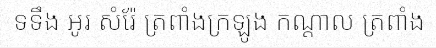
ទទឹង អូរ សំរ៉ែ ត្រពាំងក្រឡូង កណ្តាល ត្រពាំង